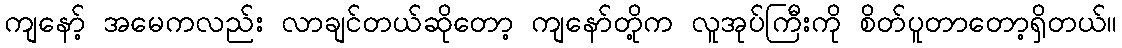
ကျနော့် အမေကလည်း လာချင်တယ်ဆိုတော့ ကျနော်တို့က လူအုပ်ကြီးကို စိတ်ပူတာတော့ရှိတယ်။